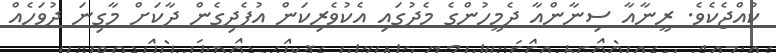
ކުއްޖެކެވެ. ރީނާއާ ސިނާންއާ ދެމީހުންގެ މެދުގައި އެކުވެރިކަން އުފެދިގެން ދާކަށް މާގިނަ ދުވަހެއް